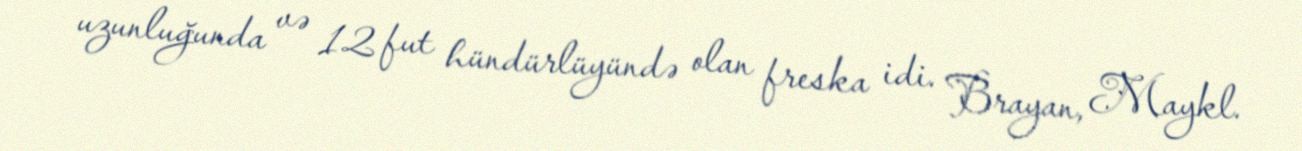
uzunluğunda və 12 fut hündürlüyündə olan freska idi. Brayan, Maykl.